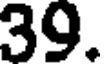
39.